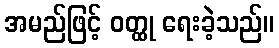
အမည်ဖြင့် ဝတ္ထု ရေးခဲ့သည်။